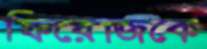
ফিরোজকে